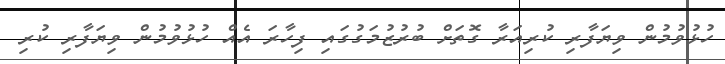
ހުޅުވުމުން ވިޔަފާރި ކުރިއަރާ ގޮތަށް ބުރުޒުމަގުގައި ފިހާރަ އެއް ހުޅުވުމުން ވިޔަފާރި ކުރި